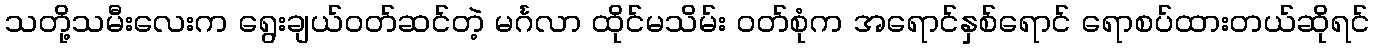
သတို့သမီးလေးက ရွေးချယ်ဝတ်ဆင်တဲ့ မင်္ဂလာ ထိုင်မသိမ်း ဝတ်စုံက အရောင်နှစ်ရောင် ရောစပ်ထားတယ်ဆိုရင်